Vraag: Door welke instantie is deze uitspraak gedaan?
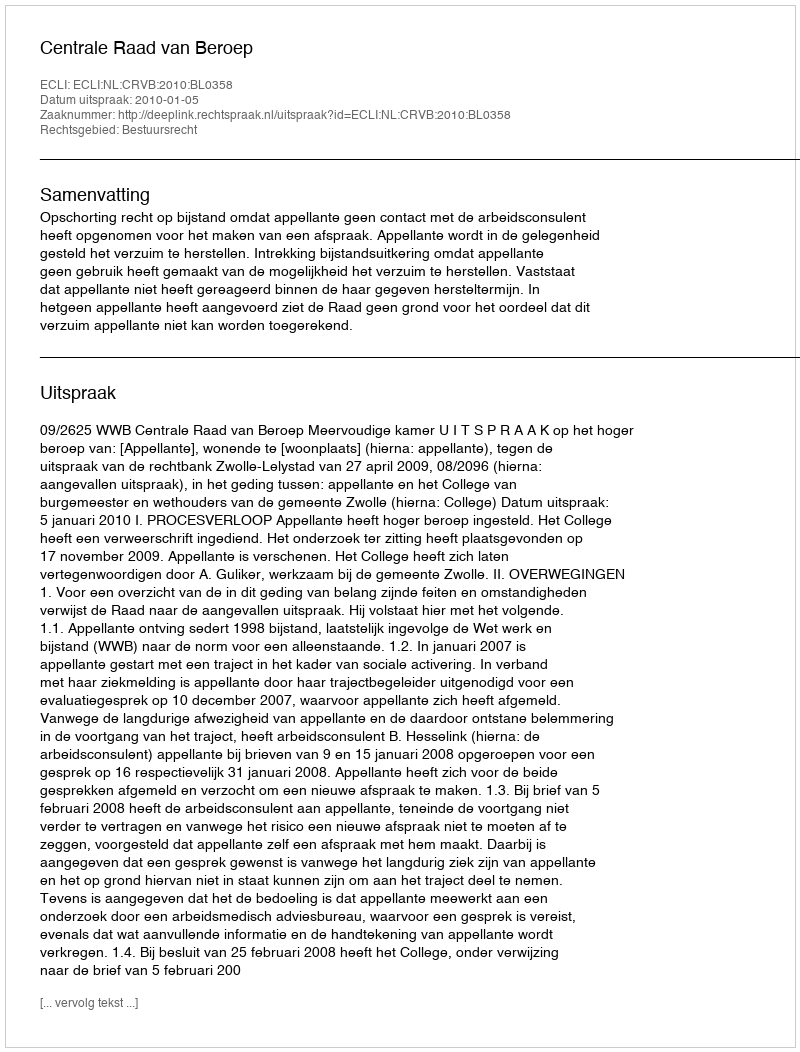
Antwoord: Centrale Raad van Beroep